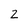
Character: z